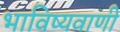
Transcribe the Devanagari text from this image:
भाविष्यवाणी